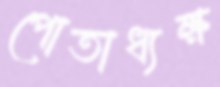
পোতাধ্যক্ষ